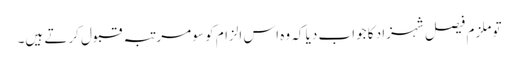
تو ملزم فیصل شہزاد کا جواب دیا کہ وہ اس الزام کو سو مرتبہ قبول کرتے ہیں۔